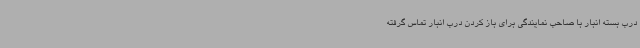
درب بسته انبار با صاحب نمایندگی برای باز کردن درب انبار تماس گرفته